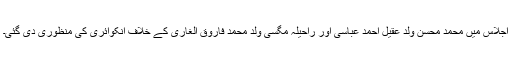
اجلاس میں محمد محسن ولد عقیل احمد عباسی اور راحیلہ مگسی ولد محمد فاروق الغاری کے خلاف انکوائری کی منظوری دی گئی۔